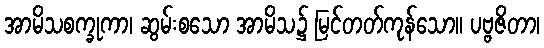
အာမိသစက္ခုကာ၊ ဆွမ်းစသော အာမိသ၌ မြင်တတ်ကုန်သော။ ပဗ္ဗဇိတာ၊